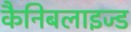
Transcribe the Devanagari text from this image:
कैनिबलाइज्ड